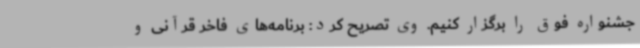
جشنواره فوق را برگزار کنیم. وی تصریح کرد: برنامه‌های فاخر قرآنی و